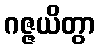
ဂဇ္ဇယိတွာ